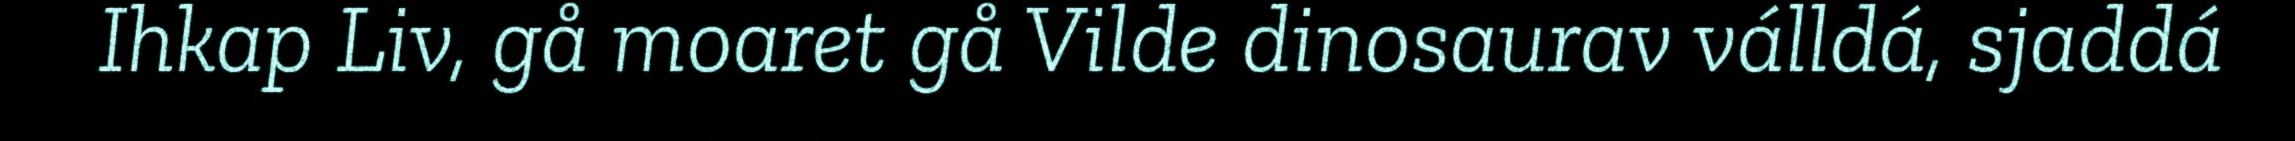
Ihkap Liv, gå moaret gå Vilde dinosaurav válldá, sjaddá